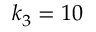
k _ { 3 } = 1 0